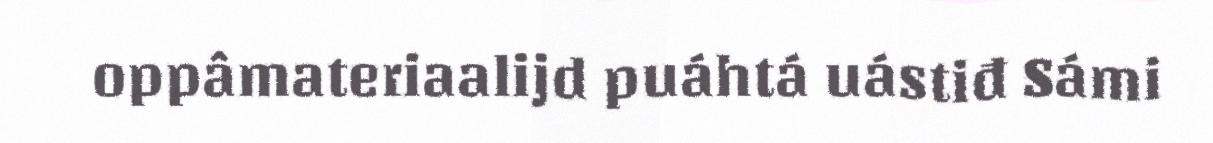
oppâmateriaalijd puáhtá uástiđ Sámi